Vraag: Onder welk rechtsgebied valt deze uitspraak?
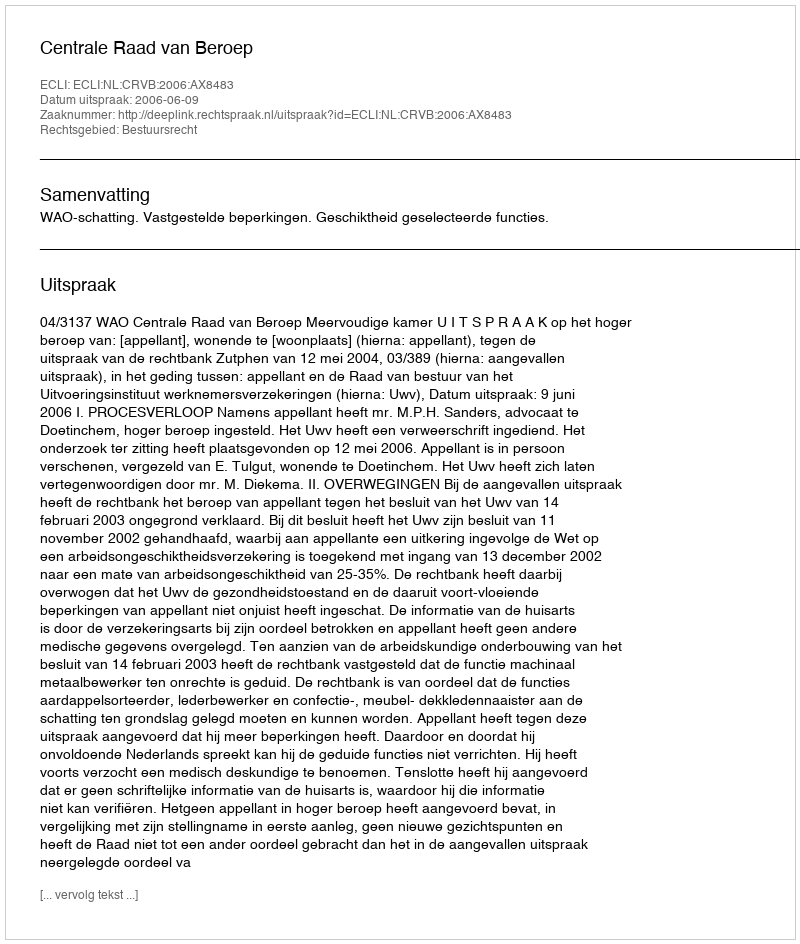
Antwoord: Bestuursrecht